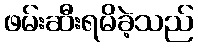
ဖမ်းဆီးရမိခဲ့သည်